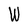
Character: W